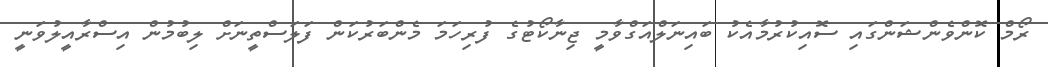
ރޯމް ކޮންވެންޝަންގައި ސޮއިކުރުމާއެކު ބައިނަލްއަގްވާމީ ޖިނާކޯޓުގެ ފުރިހަމަ މެންބަރުކަން ފަލަސްތީނަށް ލިބުމުން އިސްރާއީލުވަނީ